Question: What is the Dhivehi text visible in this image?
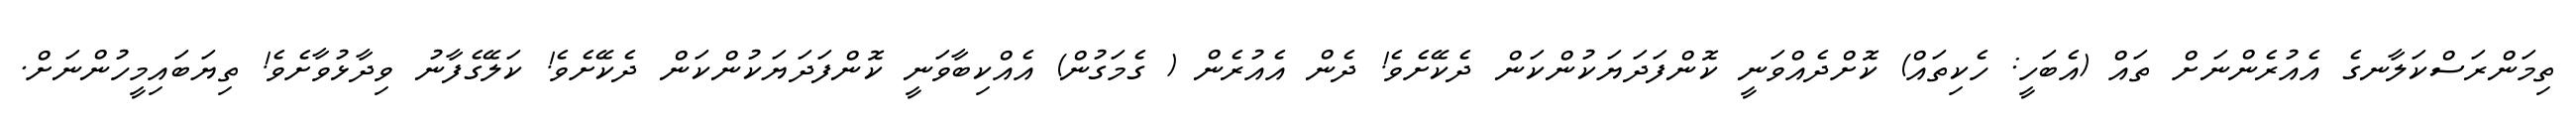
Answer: ތިމަންރަސްކަލާނގެ އެއުރެންނަށް ތައް (އެބަހީ: ހެކިތައް) ކޮށްދެއްވަނީ ކޮންފަދަޔަކުންކަން ދެކޭށެވެ! ދެން އެއުރެން ( ގެމަގުން) އެއްކިބާވަނީ ކޮންފަދަޔަކުންކަން ދެކޭށެވެ! ކަލޭގެފާނު ވިދާޅުވާށެވެ! ތިޔަބައިމީހުންނަށް.